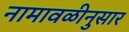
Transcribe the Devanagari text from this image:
नामावळीनुसार